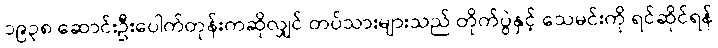
၁၉၃၈ ဆောင်းဦးပေါက်တုန်းကဆိုလျှင် တပ်သားများသည် တိုက်ပွဲနှင့် သေမင်းကို ရင်ဆိုင်ရန်